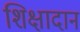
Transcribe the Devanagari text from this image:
शिक्षादान